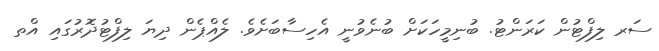
ސަރ ލިފްޓުން ކަރަންޓު. ބުނިމީހަކަށް ބުނެވުނީ އެހިސާބަށެވެ. ލެއްޕެން ދިޔަ ލިފްޓުދޮރުގައި އްތ